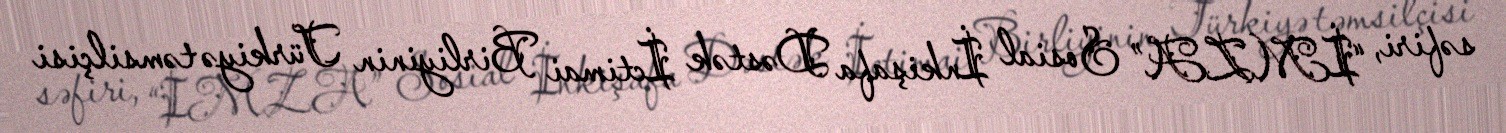
səfiri, “İMZA” Sosial İnkişafa Dəstək İctimai Birliyinin Türkiyə təmsilçisi